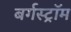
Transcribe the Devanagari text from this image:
बर्गस्ट्रॉम